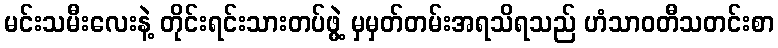
မင်းသမီးလေးနဲ့ တိုင်းရင်းသားတပ်ဖွဲ့ မှမှတ်တမ်းအရသိရသည် ဟံသာဝတီသတင်းစာ